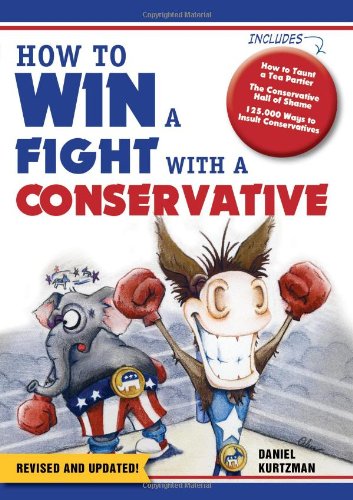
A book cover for How to Win a Fight With a Conservative; Daniel Kurtzman; Humor & Entertainment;